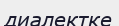
диалектке